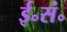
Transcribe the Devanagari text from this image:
ई॰सं॰